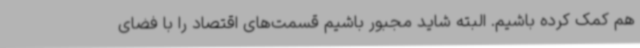
هم کمک کرده باشیم. البته شاید مجبور باشیم قسمت‌های اقتصاد را با فضای